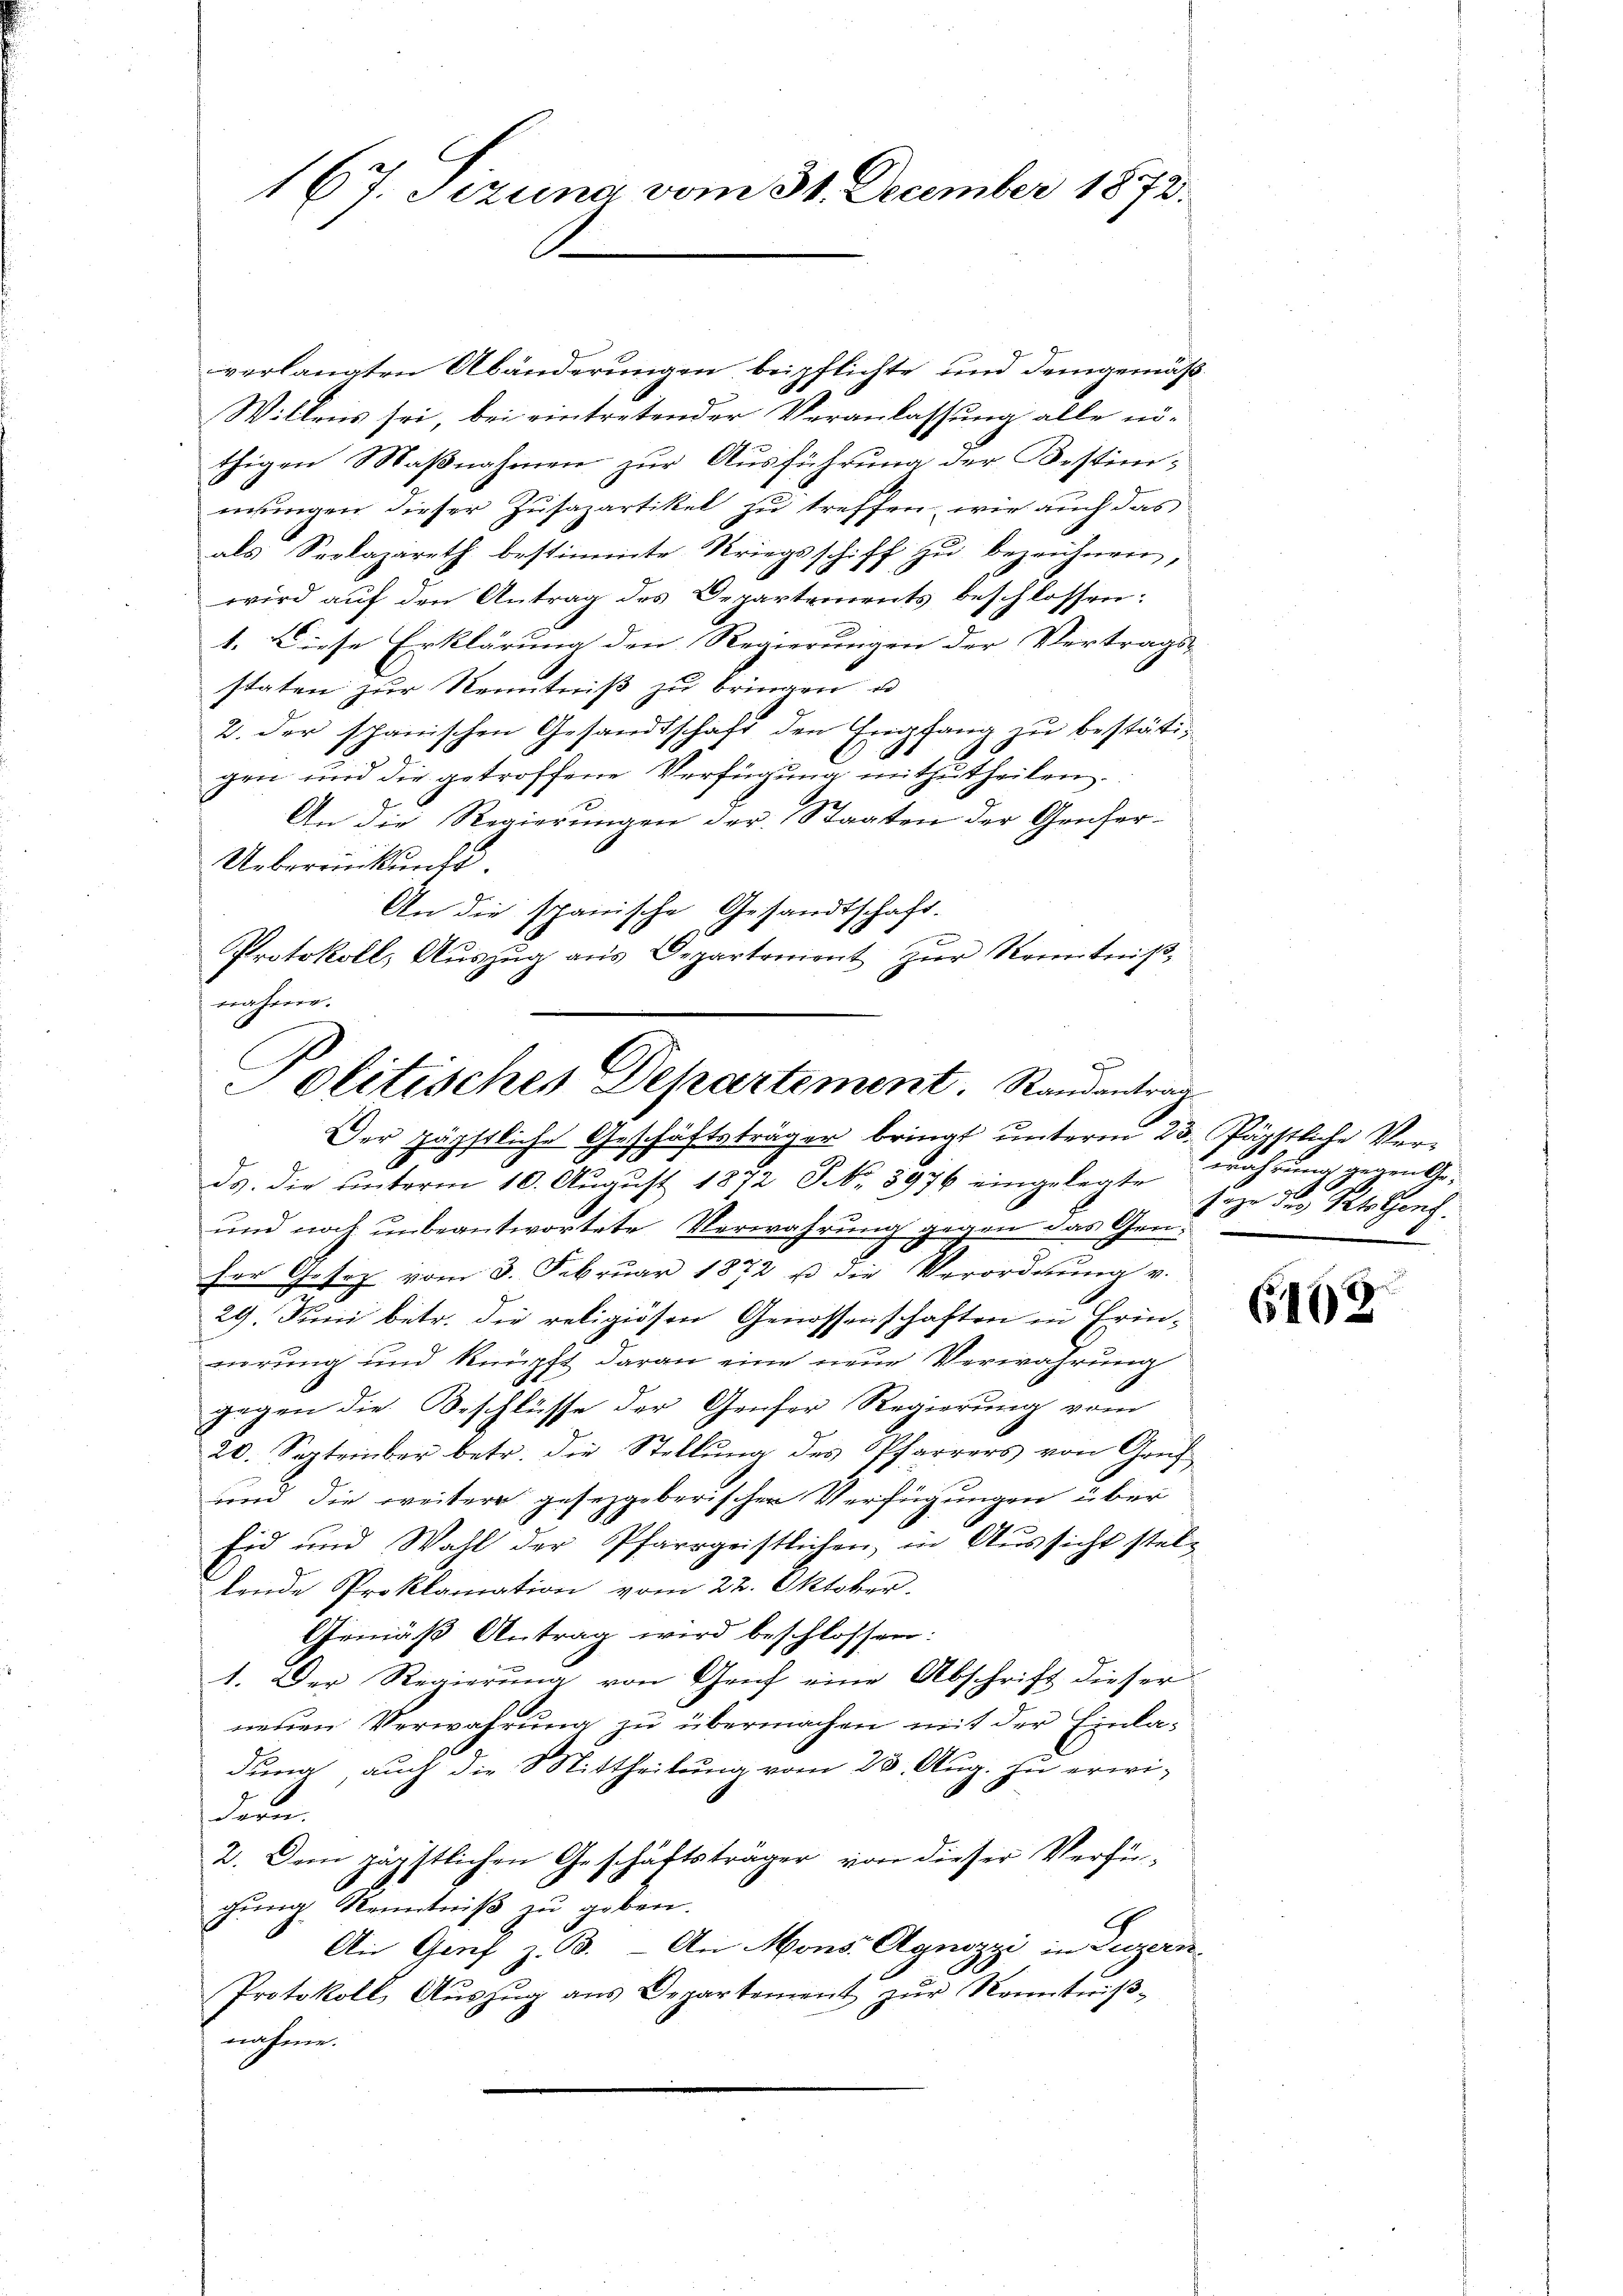
167. Sezuna vom 31. December 1872.

verlangten Abänderungen beipflichte und demgemäß¬
Willens sei, bei eintretender Veranlassung alle nöthigen Maßnahmen zur Ausführung der Bestimmungen dieser Zusazartikel zu treffen, wie auch das
als Seelazareth bestimmte Kriegsschiff zu bezeichnen,
wird auf den Antrag des Departements beschlossen:
1. Diese Erklärung den Regierungen der Vertrags-
staten zur Kenntniß zu bringen u.
2. der spanischen Gesandtschaft den Empfang zu bestäti-
gen und die getroffene Verfügung mitzutheilen.
An die Regierungen der Staaten der Gencher-
Uebereinkunft
An die spanische Gesandtschaft.
Protokoll, Aŭszŭg ans Departement zŭr Kenntniβ,
näherer.

ds. die unterm 10. August 1872 P NNo. 3976 eingelegte
und noch unbeantwortete Verwahrung gegen das Greser Gesez vom 3. Februar 1872 u die Verordnŭng v.
29. Juni betr. die religiösen Genossenschaften in Erinnerung und knüpft daran eine neue Verwahrung
gegen die Beschlüsse der Genfer Regierung vom
20. September betr. die Stellŭng des Pfarrers von Gruf
und die weitere gesetzgeberischen Verfügungen über
fid und Wahl der Pfarrgeistlichen, in Aussicht steltende Proklamation vom 22. Oktober.
Gemäß Antrag wird beschlossen:
1. Der Regierung von Genf eine Abschrift dieser
neuen Verwahrung zu übermachen mit der Einla-
duna auch die Mittheilung vom 23. Aug. zu erwidann
2. Dem päpstlichen Geschäftsträger von dieser Verfü-
gung Kenntniß zu geben.
An Genf z. B. An Mons Agnozzi in Luzern
Protokoll, Aŭszŭg ans Departement zŭr Kenntniβ-
nahme.

olitisches Departement. Randantrag
Der päpstliche Geschäftsträger bringt unterm 23. Päpstliche Ver¬

wahrung gegen Ge-
sage der Pato Conf

6463